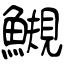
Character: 䲅